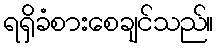
ရရှိခံစားစေချင်သည်။